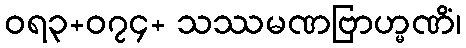
ဝရ၃+၀၇၄+ သဿမဏဗြာဟ္မဏိံ၊